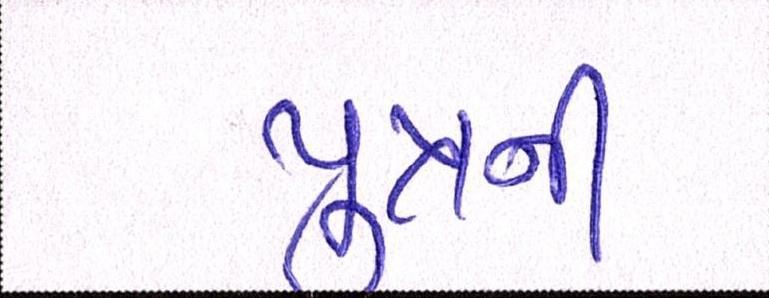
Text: પુત્રની